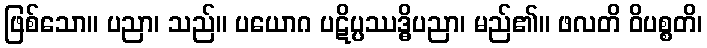
ဖြစ်သော။ ပညာ၊ သည်။ ပယောဂ ပဋိပ္ပဿဒ္ဓိပညာ၊ မည်၏။ ဖလတိ ဝိပစ္စတိ၊